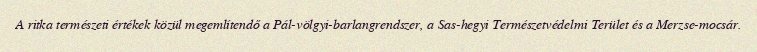
A ritka természeti értékek közül megemlítendő a Pál-völgyi-barlangrendszer, a Sas-hegyi Természetvédelmi Terület és a Merzse-mocsár.